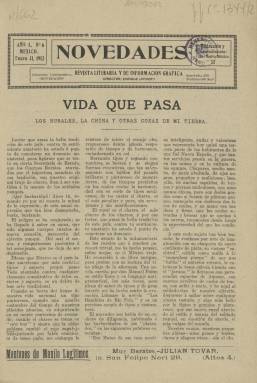
Título: Novedades (México. 1911)
Colección: Revistas de información general
Ámbito geográfico: México
Lugar de publicación: México
Fechas: 31/01/1912-31/01/1912